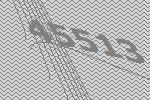
45513